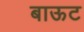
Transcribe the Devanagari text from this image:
बाऊट